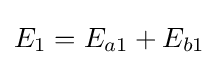
E_{1}=E_{a1}+E_{b1}